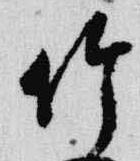
竹